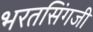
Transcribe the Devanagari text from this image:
भरतसिंगजी